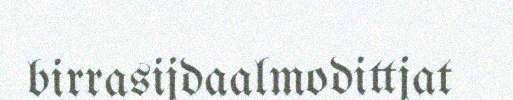
birrasijdaalmodittjat